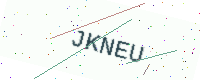
Text: JKNEU